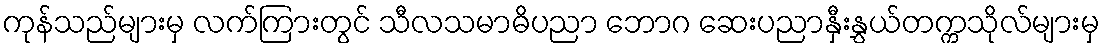
ကုန်သည်များမှ လက်ကြားတွင် သီလသမာဓိပညာ ဘောဂ ဆေးပညာနှီးနွှယ်တက္ကသိုလ်များမှ